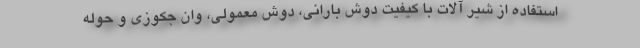
استفاده از شیر آلات با کیفیت دوش بارانی، دوش معمولی، وان جکوزی و حوله